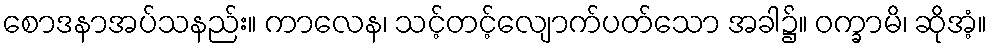
စောဒနာအပ်သနည်း။ ကာလေန၊ သင့်တင့်လျောက်ပတ်သော အခါ၌။ ဝက္ခာမိ၊ ဆိုအံ့။